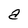
Character: a